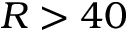
R > 4 0